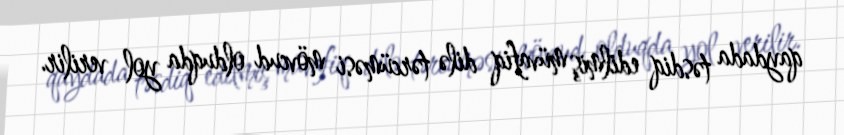
qaydada təsdiq edilmiş müvafiq dilə tərcüməsi mövcud olduqda yol verilir.